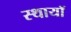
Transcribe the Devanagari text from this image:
स्थायॉ